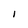
Character: I